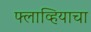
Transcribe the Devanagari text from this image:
फ्लाव्हियाचा